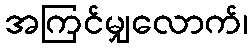
အကြင်မျှလောက်၊